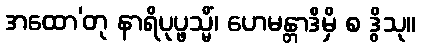
အထော’တု နာရိပုပ္ဖသ္မိံ၊ ဟေမန္တာဒိမှိ စ ဒွိသု။